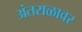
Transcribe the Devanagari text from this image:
अंतराळावर